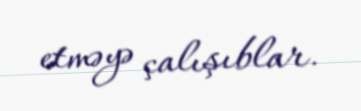
etməyə çalışıblar.